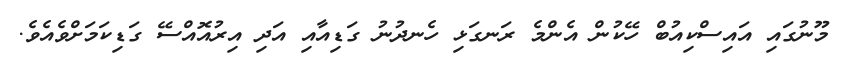
މޫނުގައި އައިސްކިއުބް ހޭކުން އެންމެ ރަނގަޅި ހެނދުނު ގަޑިއާއި އަދި އިރުއޮއްސޭ ގަޑިކަމަށްވެއެވެ.